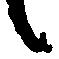
候